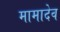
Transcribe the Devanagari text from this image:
मामादेव